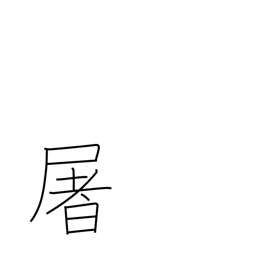
Meaning: slaughter